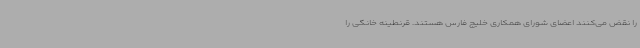
را نقض می‌کنند اعضای شورای همکاری خلیج فارس هستند. قرنطینه خانگی را